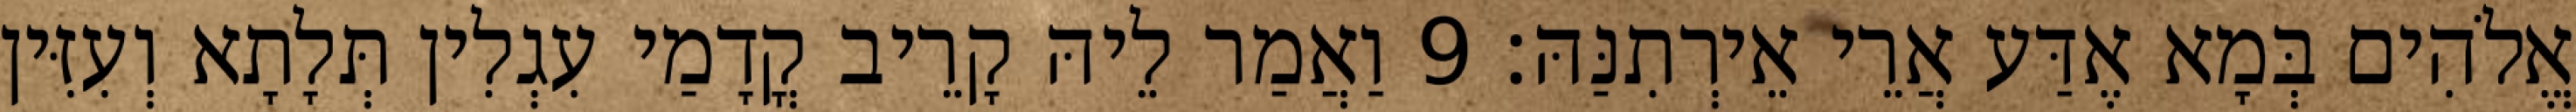
אֱלֹהִים בְּמָא אֶדַּע אֲרֵי אֵירְתִנַּהּ׃ 9 וַאֲמַר לֵיהּ קָרֵיב קֳדָמַי עִגְלִין תְּלָתָא וְעִזִּין